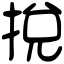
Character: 挩